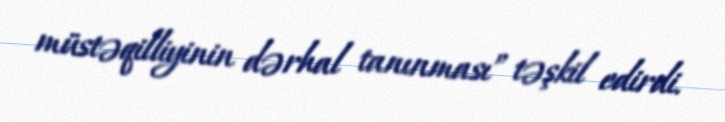
müstəqilliyinin dərhal tanınması” təşkil edirdi.